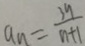
a _ { n } = \frac { 3 9 } { n + 1 }